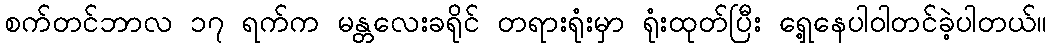
စက်တင်ဘာလ ၁၇ ရက်က မန္တလေးခရိုင် တရားရုံးမှာ ရုံးထုတ်ပြီး ရှေ့နေပါဝါတင်ခဲ့ပါတယ်။